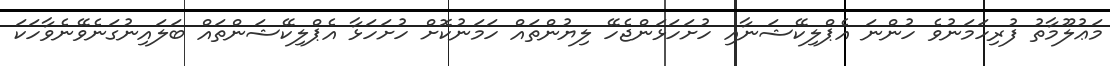
މަޢުލޫމާތު ފުރިހަމަނުވެ ހުންނަ އެޕްލިކޭޝަނާއި ހުށަހަޅަންޖެހޭ ލިޔުންތައް ހަމަނުކޮށް ހުށަހަޅާ އެޕްލިކޭޝަންތައް ބަލައިނުގަނެވޭނެވާހަކަ